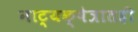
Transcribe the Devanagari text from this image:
नाट्यक्षेत्रातही